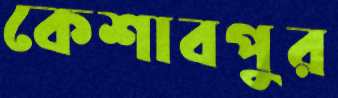
কেশাবপুর